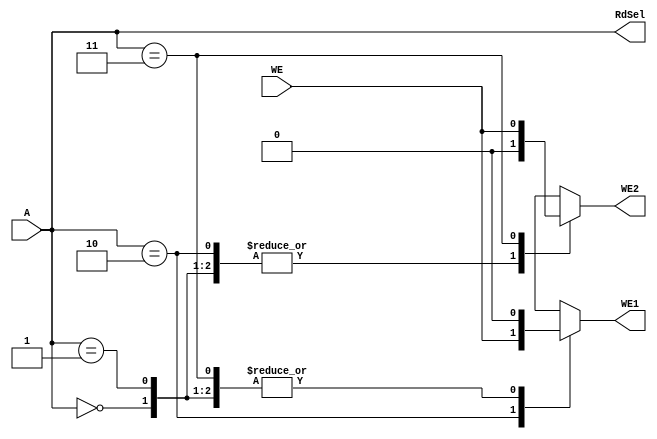
module gpio_ad(
        input wire [1:0] A,
        input wire       WE,
        output reg       WE1,
        output reg       WE2,
        output wire [1:0] RdSel
    );
    always @ (*) begin
        case(A)
            2'b00:begin
                WE1 = 1'b0;
                WE2 = 1'b0;            
            end
            2'b01: begin
                WE1 = 1'b0;
                WE2 = 1'b0;            
            end
            2'b10: begin
                WE1 = WE;
                WE2 = 1'b0;
            end
            2'b11: begin
                WE1 = 1'b0;
                WE2 = WE;            
            end
    
            default: begin
                WE1 = 1'bx;
                WE2 = 1'bx;            
            end
        endcase
    end
    
    assign RdSel = A;
    
    
    
endmodule